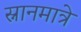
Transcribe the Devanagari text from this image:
स्नानमात्रे